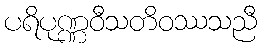
ပရိပုဏ္ဏဝီသတိဝဿသညီ